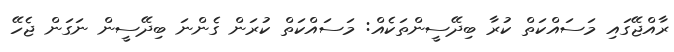
ރާއްޖޭގައި މަސައްކަތް ކުރާ ބިދޭސީންތަކެއް: މަސައްކަތް ކުރަން ގެންނަ ބިދޭސީން ނަގަން ޖެހޭ